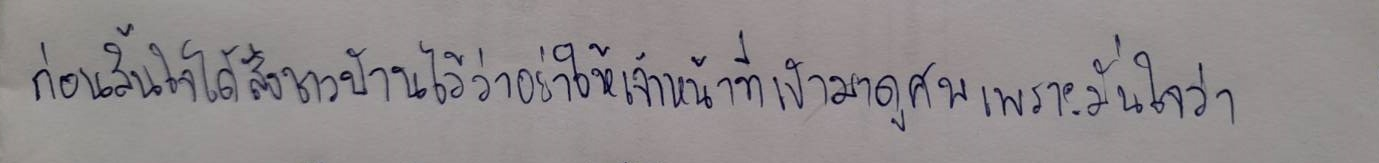
ก่อนสิ้นใจได้สั่งชาวบ้านไว้ว่าอย่าให้เจ้าหน้าที่เข้ามาดูศพเพราะมั่นใจว่า